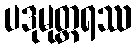
ပဒုမုတ္တရဿ